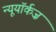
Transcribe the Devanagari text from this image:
न्यूयॉर्कज़